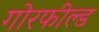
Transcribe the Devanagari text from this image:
गोरफील्ड